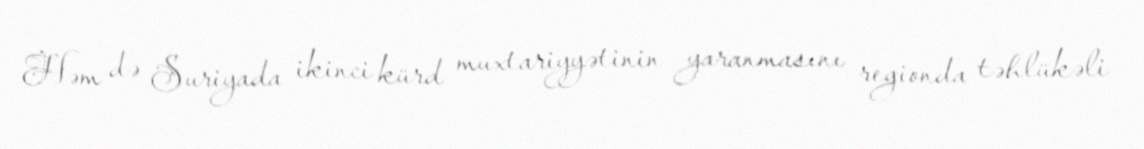
Həm də Suriyada ikinci kürd muxtariyyətinin yaranmasını regionda təhlükəli